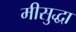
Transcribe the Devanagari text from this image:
मीसुद्धा